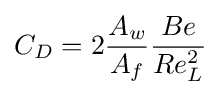
C_{D}=2{\frac {A_{w}}{A_{f}}}{\frac {Be}{Re_{L}^{2}}}